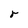
Character: r